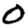
Digit: 0